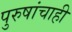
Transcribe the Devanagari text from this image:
पुरुषांचाही